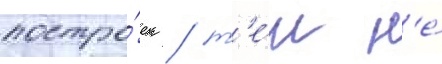
постро́ек / т'е́м н'е́